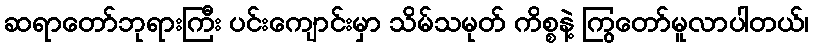
ဆရာတော်ဘုရားကြီး ပင်းကျောင်းမှာ သိမ်သမုတ် ကိစ္စနဲ့ ကြွတော်မူလာပါတယ်၊